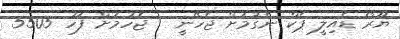
ޔޫރޯ ޑެއިލީ ޕެކް ނެގުމަށް ޖެހޭނީ   ޖެހުމަށް ފަހު 5505